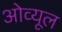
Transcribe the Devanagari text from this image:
ओव्यूल